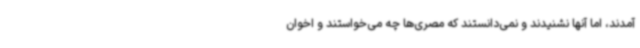
آمدند، اما آنها نشنیدند و نمی‌دانستند که مصری‌ها چه می‌خواستند و اخوان